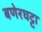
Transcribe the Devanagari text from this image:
बणेरघट्टा